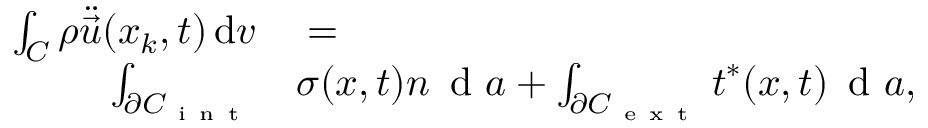
\begin{array} { r l } { \int _ { C } \rho \ddot { \vec { u } } ( \boldsymbol { x } _ { k } , t ) \, \mathrm { d } v } & { { } = } \\ { \int _ { \partial { C } _ { \mathrm { ~ i ~ n ~ t ~ } } } } & { { } \boldsymbol { \sigma } ( \boldsymbol { x } , t ) \boldsymbol { n } \, \mathrm { ~ d ~ } a + \int _ { \partial { C } _ { \mathrm { ~ e ~ x ~ t ~ } } } \boldsymbol { t } ^ { * } ( \boldsymbol { x } , t ) \, \mathrm { ~ d ~ } a , } \end{array}